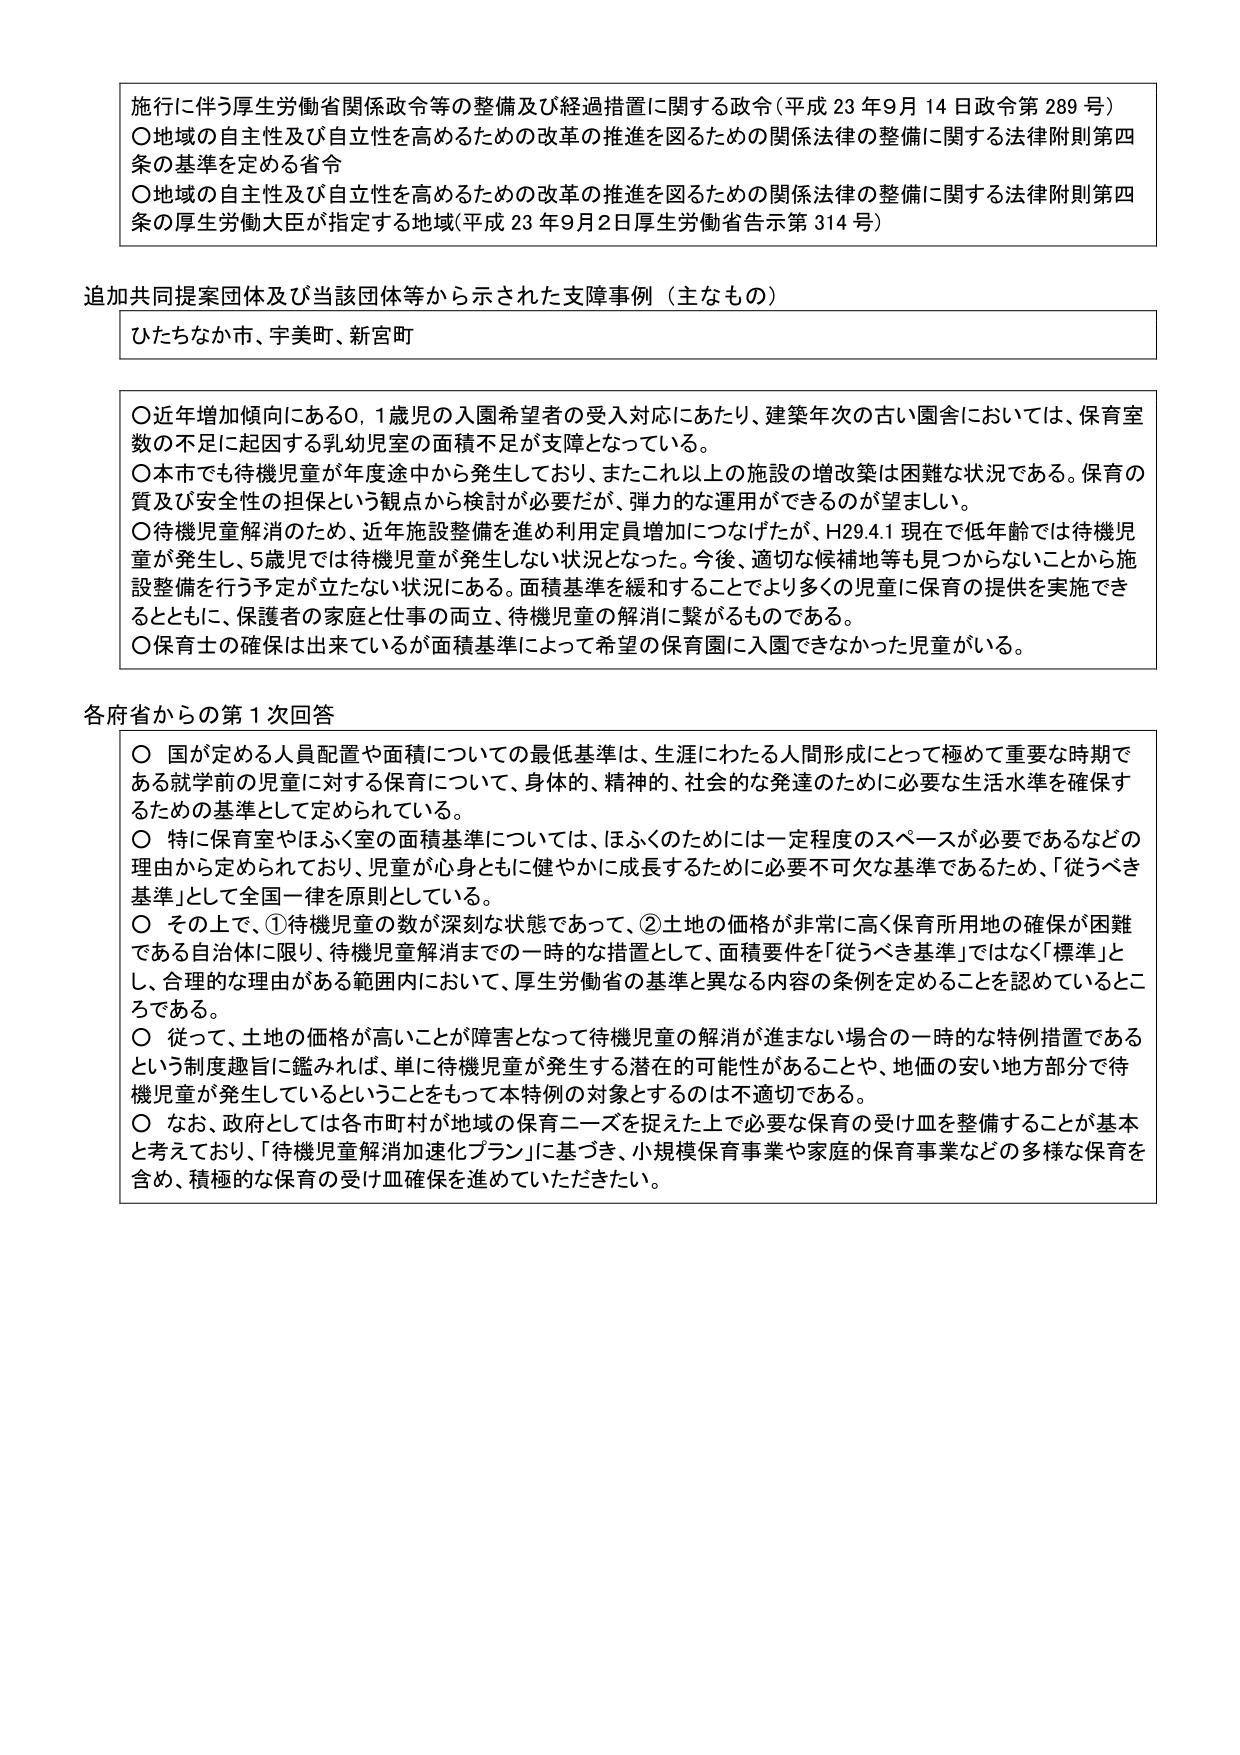
施行に伴う厚生労働省関係政令等の整備及び経過措置に関する政令（平成23年9月14日政令第289号）
〇地域の自主性及び自立性を高めるための改革の推進を図るための関係法律の整備に関する法律附則第四条の基準を定める省令
〇地域の自主性及び自立性を高めるための改革の推進を図るための関係法律の整備に関する法律附則第四条の厚生労働大臣が指定する地域（平成23年9月2日厚生労働省告示第314号）

追加共同提案団体及び当該団体等から示された支障事例（主なもの）
ひたちなか市、宇美町、新宮町

〇近年増加傾向にある0,1歳児の入園希望者の受入対応にあたり、建築年次の古い園舎においては、保育室数の不足に起因する乳幼児室の面積不足が支障となっている。
〇本市でも待機児童が年度途中から発生しており、またこれ以上の施設の増改築は困難な状況である。保育の質及び安全性の担保という観点から検討が必要だが、弾力的な運用ができるのが望ましい。
〇待機児童解消のため、近年施設整備を進め利用定員増加につなげたが、H29.4.1現在で低年齢では待機児童が発生し、5歳児では待機児童が発生しない状況となった。今後、適切な候補地等も見つからないことから施設整備を行う予定が立たない状況にある。面積基準を緩和することでより多くの児童に保育の提供を実施できるとともに、保護者の家庭と仕事の両立、待機児童の解消に繋がるものである。
〇保育士の確保は出来ているが面積基準によって希望の保育園に入園できなかった児童がいる。

各府省からの第1次回答
〇国が定める人員配置や面積についての最低基準は、生涯にわたる人間形成にとって極めて重要な時期である就学前の児童に対する保育について、身体的、精神的、社会的な発達のために必要な生活水準を確保するための基準として定められている。
〇特に保育室やほふく室の面積基準については、ほふくのためには一定程度のスペースが必要であるなどの理由から定められており、児童が心身ともに健やかに成長するために必要不可欠な基準であるため、「従うべき基準」として全国一律を原則としている。
〇その上で、①待機児童の数が深刻な状態であって、②土地の価格が非常に高く保育所用地の確保が困難である自治体に限り、待機児童解消までの一時的な措置として、面積要件を「従うべき基準」ではなく「標準」とし、合理的な理由がある範囲内において、厚生労働省の基準と異なる内容の条例を定めることを認めているところである。
〇従って、土地の価格が高いことが障害となって待機児童の解消が進まない場合の一時的な特例措置であるという制度趣旨に鑑みれば、単に待機児童が発生する潜在的可能性があることや、地価の安い地方部分で待機児童が発生しているということをもって本特例の対象とするのは不適切である。
〇なお、政府としては各市町村が地域の保育ニーズを捉えた上で必要な保育の受け皿を整備することが基本と考えており、「待機児童解消加速化プラン」に基づき、小規模保育事業や家庭的保育事業などの多様な保育を含め、積極的な保育の受け皿確保を進めていただきたい。